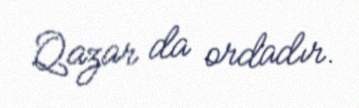
Qazar da ordadır.